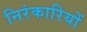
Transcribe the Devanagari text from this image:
निरंकारियों